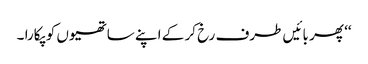
‘‘ پھر بائیں طرف رخ کر کے اپنے ساتھیوں کو پکارا ۔